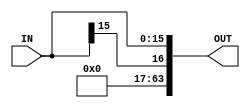
module signExtender(IN,OUT);
	
	input [15:0]IN;
	output [63:0]OUT;
	
	assign OUT[63:16] = IN[15];
	assign OUT[15:0] = IN[15:0];

endmodule